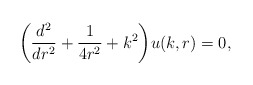
\begin{align*}\biggl({d^2\over dr^2}+{1\over 4r^2}+k^2\biggr)u(k,r)=0,\end{align*}